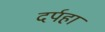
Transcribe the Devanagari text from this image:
दर्पहा